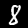
Digit: 8